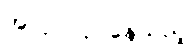
အလုပ်လုပ်နေသည့်